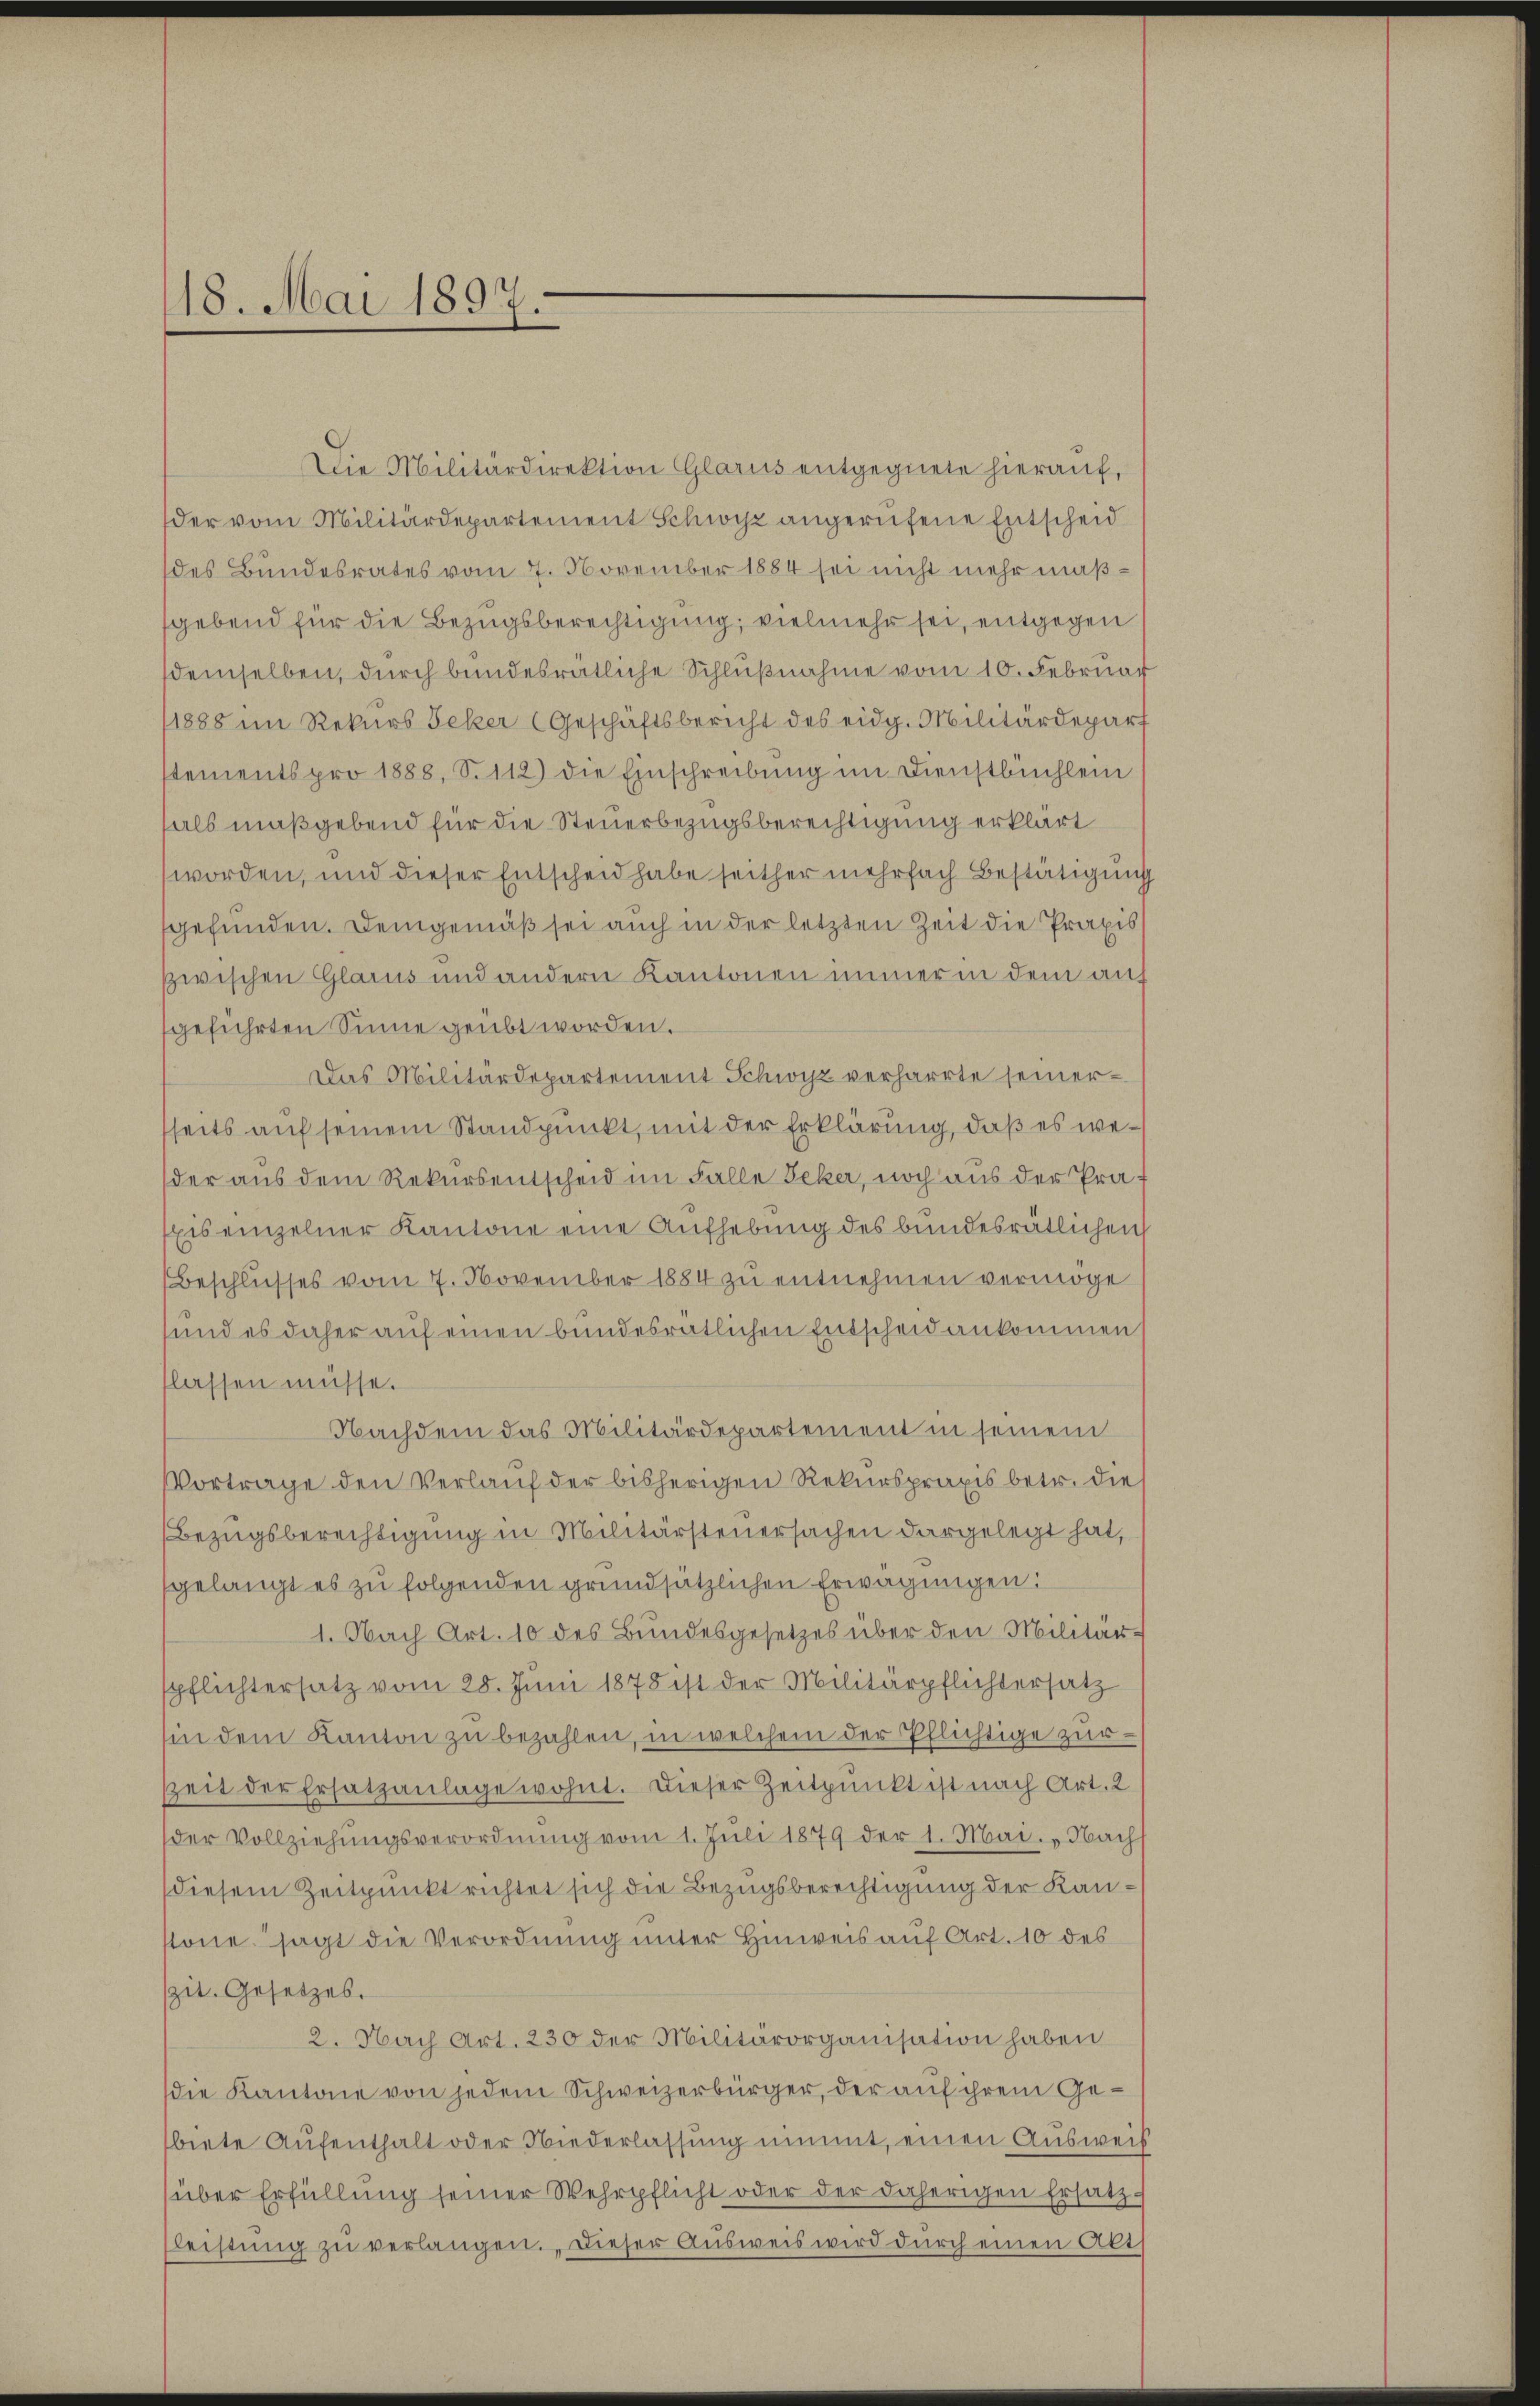
18. Mai 1897

Die Militärdirektion Glarus entgegnete hierauf,
der vom Militärdepartement Schwyz angerufene Entscheid
des Bundesrates vom 7. November 1884 sei nicht mehr maßsgebend für die Bezugsberechtigung, vielmehr sei, entgegen
demselben, durch bundesrätliche Schlußnahme vom 10. Februar
1888 im Rekurs Beker (Geschäftsbericht des eidg. Militärdepart
stements pro 1888, S. 112) die Einschreibung im Dienstbüchlein
hals maßgebend für die Steuerbezugsberechtigung erklärt
worden, und dieser Entscheid habe seither mehrfach Bestätigung
gefunden. Demgemäß sei auch in der letzten Zeit die Praxis
zwischen Glarus und andern Kantonen immer in dem auf
geführten Sinne geübt worden.
Das Militärdepartement Schwyz verharrte seinerseits auf seinem Standpunkt, mit der Erklärung, daß es weder aus dem Rekursentscheid im Falle Beker, noch aus der Prof
Eis einzelner Kantone eine Aufhebung des bundesrätlichen
Beschlusses vom 7. November 1884 zu entnehmen vermöge
sund es daher auf einen bundesrätlichen Entscheid ankommen
lassen müsse.
Nachdem das Militärdepartement in seinem
Vortrage den Verlauf der bisherigen Rekurspraxis betr. die
Bezugsberechtigung in Militärsteuersachen dargelegt hat,
gelangt es zu folgenden grundsätzlichen Erwägungen:
1. Nach Art. 10 des Bundesgesetzes über den Militär-
pflichtersatz vom 28. Juni 1878 ist der Militärpflichtersatz
sin dem Kanton zŭ bezahlen, in welchem der Pflichtige zur
Zeit der Ersatzanlage wohnt. Dieser Zeitpunkt ist nach Art. 2
der Vollziehungsverordnung vom 1. Juli 1879 der 1. Mai. - Nach
diesem Zeitpunkt richtet sich die Bezugsberechtigung der Kanstöne. sagt die Verordnung unter Hinweis auf Art. 10 des
spit. Gesetzes.
2. Nach Art. 230 der Militärorganisation haben
die Kantone von jedem Schweizerbürger, der auf ihrem Gebiete Aufenthalt oder Niederlassung nimmt, einen Ausweis
über Erfüllung seiner Wehrpflicht oder der daherigen Ersatz-
leistŭng zŭ verlangen. Dieser Ausweis wird durch einen Akt